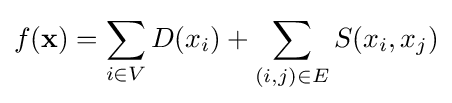
f(\mathbf {x} )=\sum _{i\in V}D(x_{i})+\sum _{(i,j)\in E}S(x_{i},x_{j})